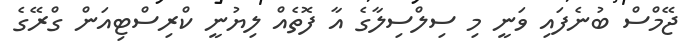
ޖޭމްސް ބުނެފައި ވަނީ މި ސިލްސިލާގެ އާ ފޮތެއް ލިޔުނީ ކްރިސްޓިއަން ގްރޭގެ